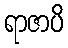
ရာဇာပိ